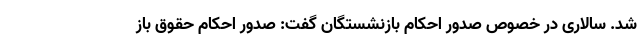
شد. سالاری در خصوص صدور احکام بازنشستگان گفت: صدور احکام حقوق باز